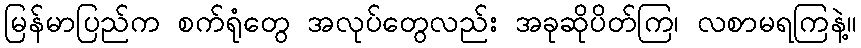
မြန်မာပြည်က စက်ရုံတွေ အလုပ်တွေလည်း အခုဆိုပိတ်ကြ၊ လစာမရကြနဲ့။